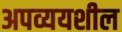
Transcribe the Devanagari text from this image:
अपव्ययशील